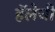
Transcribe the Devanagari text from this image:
हॅलेची